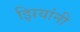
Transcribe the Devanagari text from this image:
झियांनी